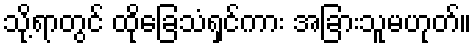
သို့ရာတွင် ထိုခြေသံရှင်ကား အခြားသူမဟုတ်။